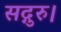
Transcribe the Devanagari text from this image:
सद्गुरु।